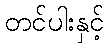
တင်ပါးနှင့်